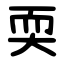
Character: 耎